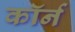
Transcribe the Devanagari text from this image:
कॉर्न